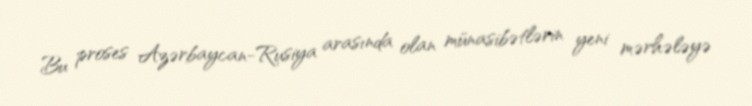
Bu proses Azərbaycan-Rusiya arasında olan münasibətlərin yeni mərhələyə